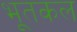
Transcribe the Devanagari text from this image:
भूतकल